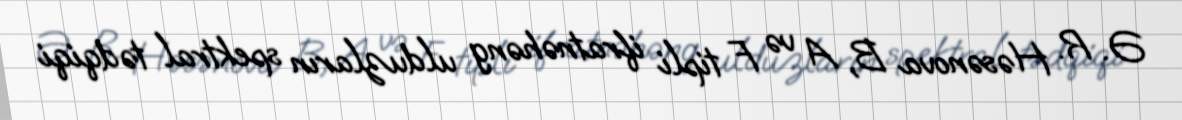
Ə. R. Həsənova B, A və F tipli ifratnəhəng ulduzların spektral tədqiqi